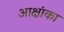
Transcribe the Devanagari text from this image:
आक्षांका